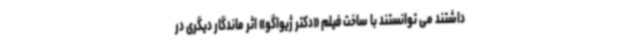
داشتند می توانستند با ساخت فیلم «دکتر ژیواگو» اثر ماندگار دیگری در